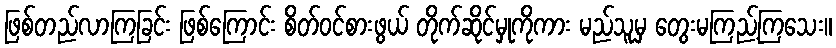
ဖြစ်တည်လာကြခြင်း ဖြစ်ကြောင်း စိတ်ဝင်စားဖွယ် တိုက်ဆိုင်မှုကိုကား မည်သူမှ တွေးမကြည့်ကြသေး။